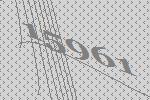
15961